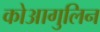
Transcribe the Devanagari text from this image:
कोआगुलिन